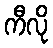
ကီလို